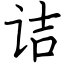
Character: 诘